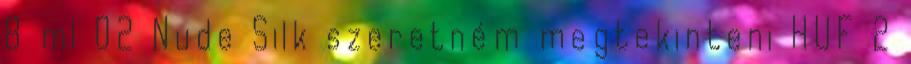
8 ml 02 Nude Silk szeretném megtekinteni HUF 2